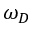
\omega _ { D }